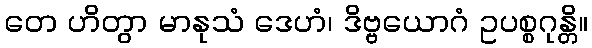
တေ ဟိတွာ မာနုသံ ဒေဟံ၊ ဒိဗ္ဗယောဂံ ဥပစ္စဂုန္တိ။